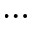
\cdots